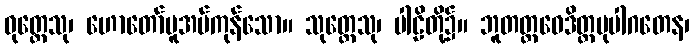
ဝုတ္တေသု၊ ဟောတော်မူအပ်ကုန်သော။ သုတ္တေသု၊ ပါဠိတို့၌။ ဘူတတ္ထဝေဒိတ္တမုပါဂတေန၊